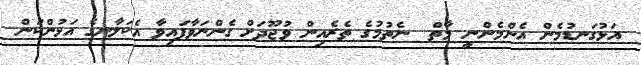
އަޅުގަނޑުމެން އެންމެންނީ މާތް  ނެތުމުގެ ތެރެއިން ވުޖޫދަށް ގެންނަވާފައިވާ އެކަލާނގެ އަޅުންކަން